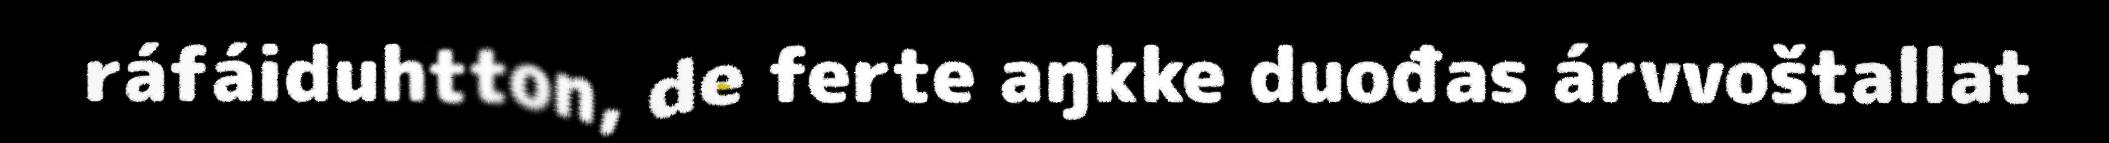
ráfáiduhtton, de ferte aŋkke duođas árvvoštallat